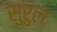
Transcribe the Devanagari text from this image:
सुरुल